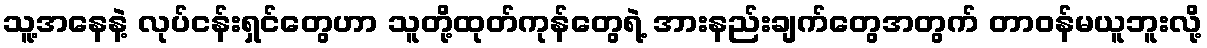
သူ့အနေနဲ့ လုပ်ငန်းရှင်တွေဟာ သူတို့ထုတ်ကုန်တွေရဲ့ အားနည်းချက်တွေအတွက် တာဝန်မယူဘူးလို့